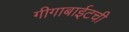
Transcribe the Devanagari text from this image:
गीगाबाईटची